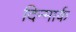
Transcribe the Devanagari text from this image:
दिन्मार्क